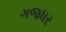
ગજધર